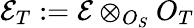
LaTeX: {\mathcal{E}}_{T}:={\mathcal{E}}\otimes_{O_{S}}O_{T}